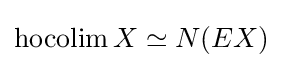
\operatorname {hocolim} X\simeq N(EX)